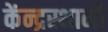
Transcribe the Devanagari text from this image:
केंन्द्रस्थानी